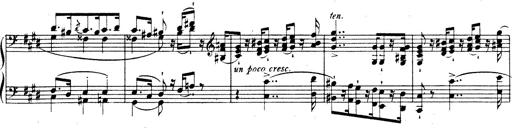
Title: Rhapsodie espagnole
Composer: Franz Liszt